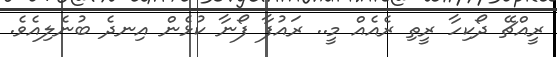
ރީއްޗޭ ދޯކިހާ ރީތި ރެއެއް މީ.. ރައުފާ ފޯނާ ކުޅެން އިނދެ ބުނެލިއެވެ.